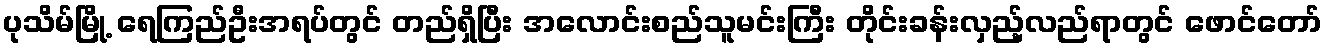
ပုသိမ်မြို့ ရေကြည်ဦးအရပ်တွင် တည်ရှိပြီး အလောင်းစည်သူမင်းကြီး တိုင်းခန်းလှည့်လည်ရာတွင် ဖောင်တော်